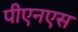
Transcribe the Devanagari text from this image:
पीएनएस